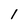
Character: 1